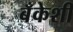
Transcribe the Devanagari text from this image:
बँकेशी